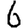
Digit: 6